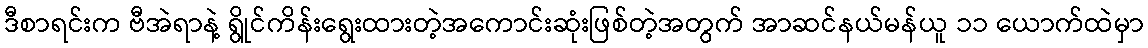
ဒီစာရင်းက ဗီအဲရာနဲ့ ရွိုင်ကိန်းရွေးထားတဲ့အကောင်းဆုံးဖြစ်တဲ့အတွက် အာဆင်နယ်မန်ယူ ၁၁ ယောက်ထဲမှာ